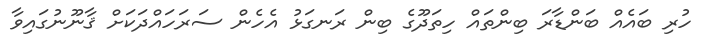
ހުރި ބައެއް ބަންޑާރަ ބިންތައް ހިތަދޫގެ ބިން ރަނގަޅު އެހެން ސަރަހައްދަކަށް ޤާނޫނުގައިވާ